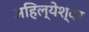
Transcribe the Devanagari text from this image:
अहिल्येश्वर